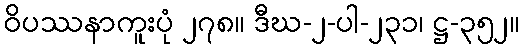
ဝိပဿနာကူးပုံ ၂၇၈။ ဒီဃ-၂-ပါ-၂၃၁၊ ဋ္ဌ-၃၅၂။